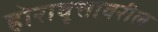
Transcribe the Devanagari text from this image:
होरावृत्तावरील